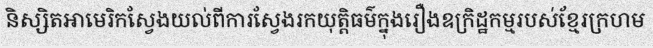
និស្សិតអាមេរិកស្វែងយល់ពីការស្វែងរកយុត្តិធម៌ក្នុងរឿងឧក្រិដ្ឋកម្មរបស់ខ្មែរក្រហម